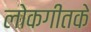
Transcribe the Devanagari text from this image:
लोकगीतके